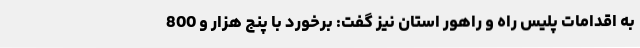
به اقدامات پلیس راه و راهور استان نیز گفت: برخورد با پنج هزار و 800